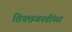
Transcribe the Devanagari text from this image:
शिवछञपतींच्या